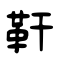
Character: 靬